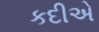
કદીએ